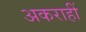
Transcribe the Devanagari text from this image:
अकराहीं